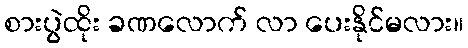
စားပွဲထိုး ခဏလောက် လာ ပေးနိုင်မလား။